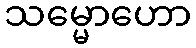
သမ္မောဟော